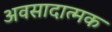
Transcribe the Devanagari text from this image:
अवसादात्मक